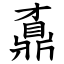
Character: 鼒